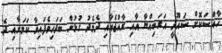
ހާއްސަކޮށް ސައޫދީ އަރަބިއްޔާ އާއި ރާއްޖެއާއި ދެމެދު ގުޅުން ބަދަހިވެފައިވާ ކަމަށާއި ދެ